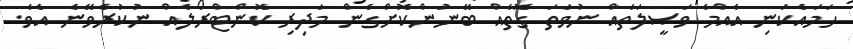
ހަމައެކަނި އެއްމެ ވަޞީލަތެއް ނުވަތަ ގޮތެއް ބޭނުންކޮށްގެން މަދިރި ކޮންޓްރޯލެއް ނުކުރެވޭނެ އެވެ.